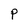
Character: P